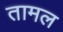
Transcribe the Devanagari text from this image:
तामल